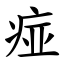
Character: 痖